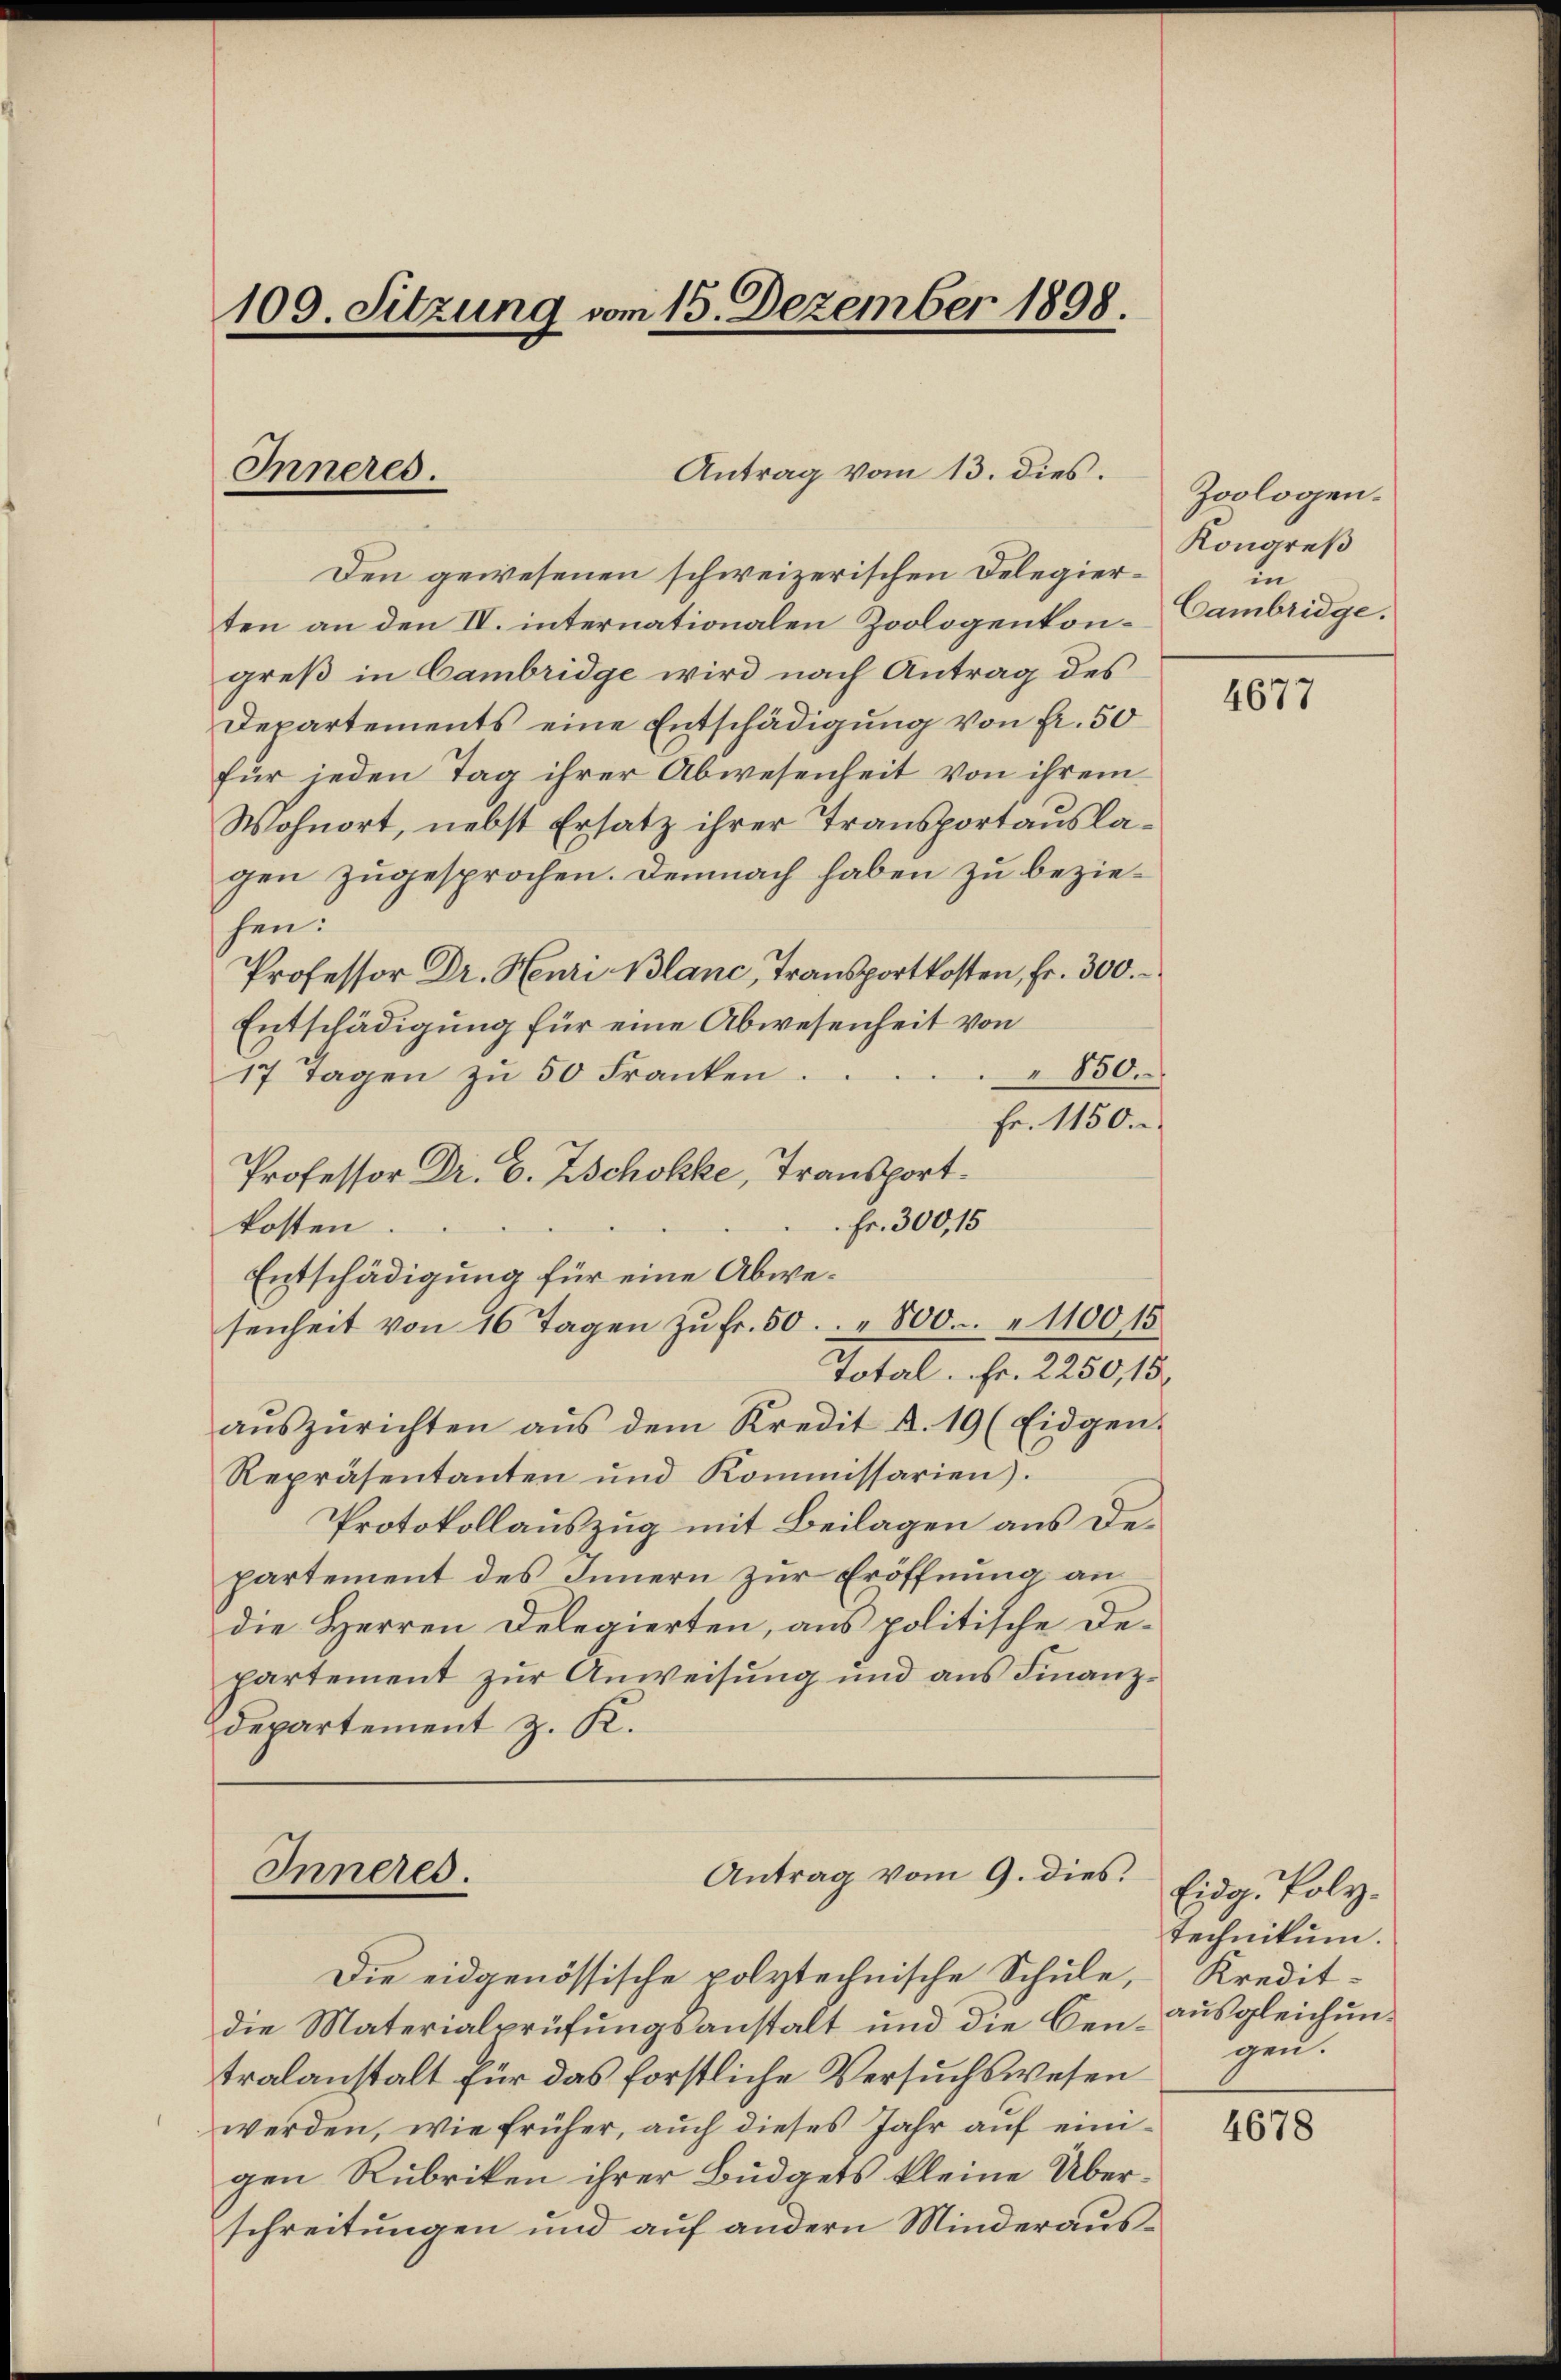
109. Sitzung vom 15. Dezember 1898

Inneres.

Inneres.

Antrag vom 13. dies.

Den gewesenen schweizerischen Delegierten an den IV. internationalen Zoologenkongreß in Cambridge wird nach Antrag des
Departements eine Entschädigung von Fr. 50
für jeden Tag ihrer Abwesenheit von ihrem
Wohnort, nebst Ersatz ihrer Transportauslagen zugesprochen. Demnach haben zu beziehen.
Professor Dr. Heuri Blanc, Transportkosten, Fr. 300.
Entschädigung für eine Abwesenheit von
17 Tagen zu 50 Franken
850.
Fr. 1150.
Professor Dr. C. Zschokke, Transport
Fr. 300,15
kosten.
Entschädigung für eine Abwesenheit von 16 Tagen zŭ fr. 50. " 800. " 1100 15.
Total. Fr. 2250, 15.
aŭszŭrichten aŭs dem Kredit A. 19 (Eidgen.
Repräsentanten und Kommissarien).
Protokollauszug mit Beilagen aus Departement des Innern zur Eröffnung an
die Herren Delegierten, aus politische Departement zur Anweisung und aus Finanzdepartement z. K.

Antrag vom 9. dies.

Die eidgenössische polytechnische Schule,
die Materialprüfungsanstalt und die Centralanstalt für das forstliche Versuchswesen
werden, wie früher, auch dieses Jahr auf einigen Rubriken ihrer Büdgets kleine Überschreitungen und auf andern Minderaus¬

Zoologen.
Kongreß
in
Cambridge.

4677

Eidg. Poly¬
Technikum.
Kredit-
ausgleichungen.

4678